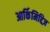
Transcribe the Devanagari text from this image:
आर्किमिद्दिज़